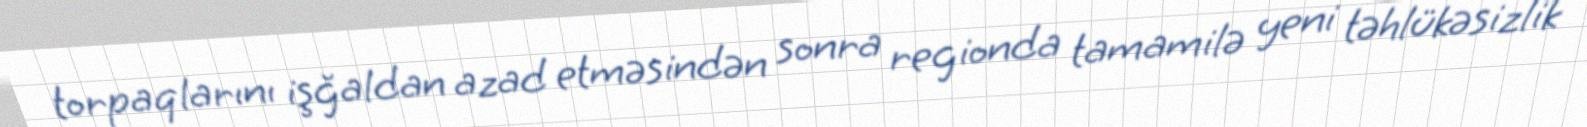
torpaqlarını işğaldan azad etməsindən sonra regionda tamamilə yeni təhlükəsizlik